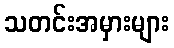
သတင်းအမှားများ